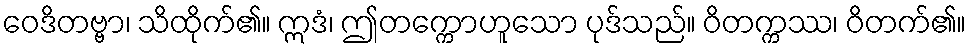
ဝေဒိတဗ္ဗာ၊ သိထိုက်၏။ ဣဒံ၊ ဤတက္ကောဟူသော ပုဒ်သည်။ ဝိတက္ကဿ၊ ဝိတက်၏။